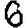
Digit: 6